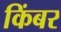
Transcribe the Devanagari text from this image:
किंबर